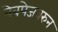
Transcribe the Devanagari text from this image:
वेबपेजवरुन